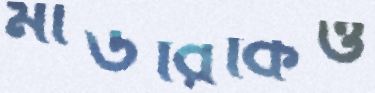
মাউরিকিও